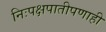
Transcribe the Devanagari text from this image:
निःपक्षपातीपणाही